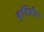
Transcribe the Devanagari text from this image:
वृष्टिहीन